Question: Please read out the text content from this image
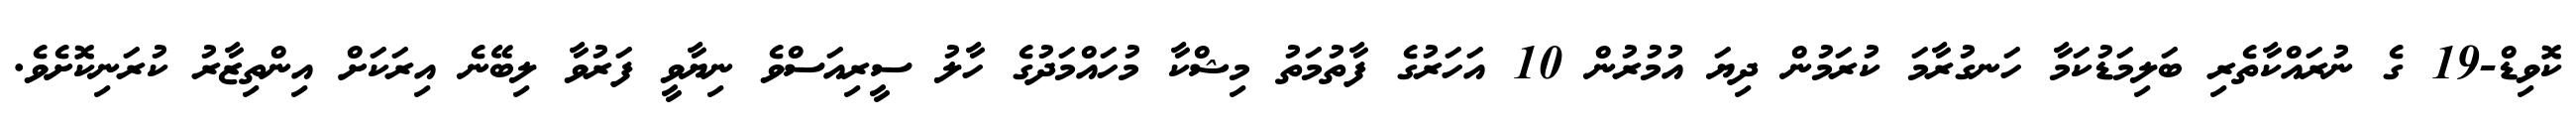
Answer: ކޮވިޑް-19 ގެ ނުރައްކާތެރި ބަލިމަޑުކަމާ ހަނގުރާމަ ކުރަމުން ދިޔަ އުމުރުން 10 އަހަރުގެ ފާތުމަތު މިޝްކާ މުހައްމަދުގެ ހާލު ސީރިއަސްވެ ނިޔާވީ ފަރުވާ ލިބޭނެ އިރަކަށް އިންތިޒާރު ކުރަނިކޮށެވެ.